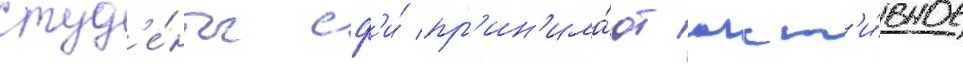
студ'е́нты сф'и́ пр'ин'има́ют акт'и́вное